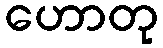
ဟောတု